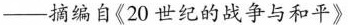
——摘编自《20世纪的战争与和平》